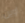
اوين